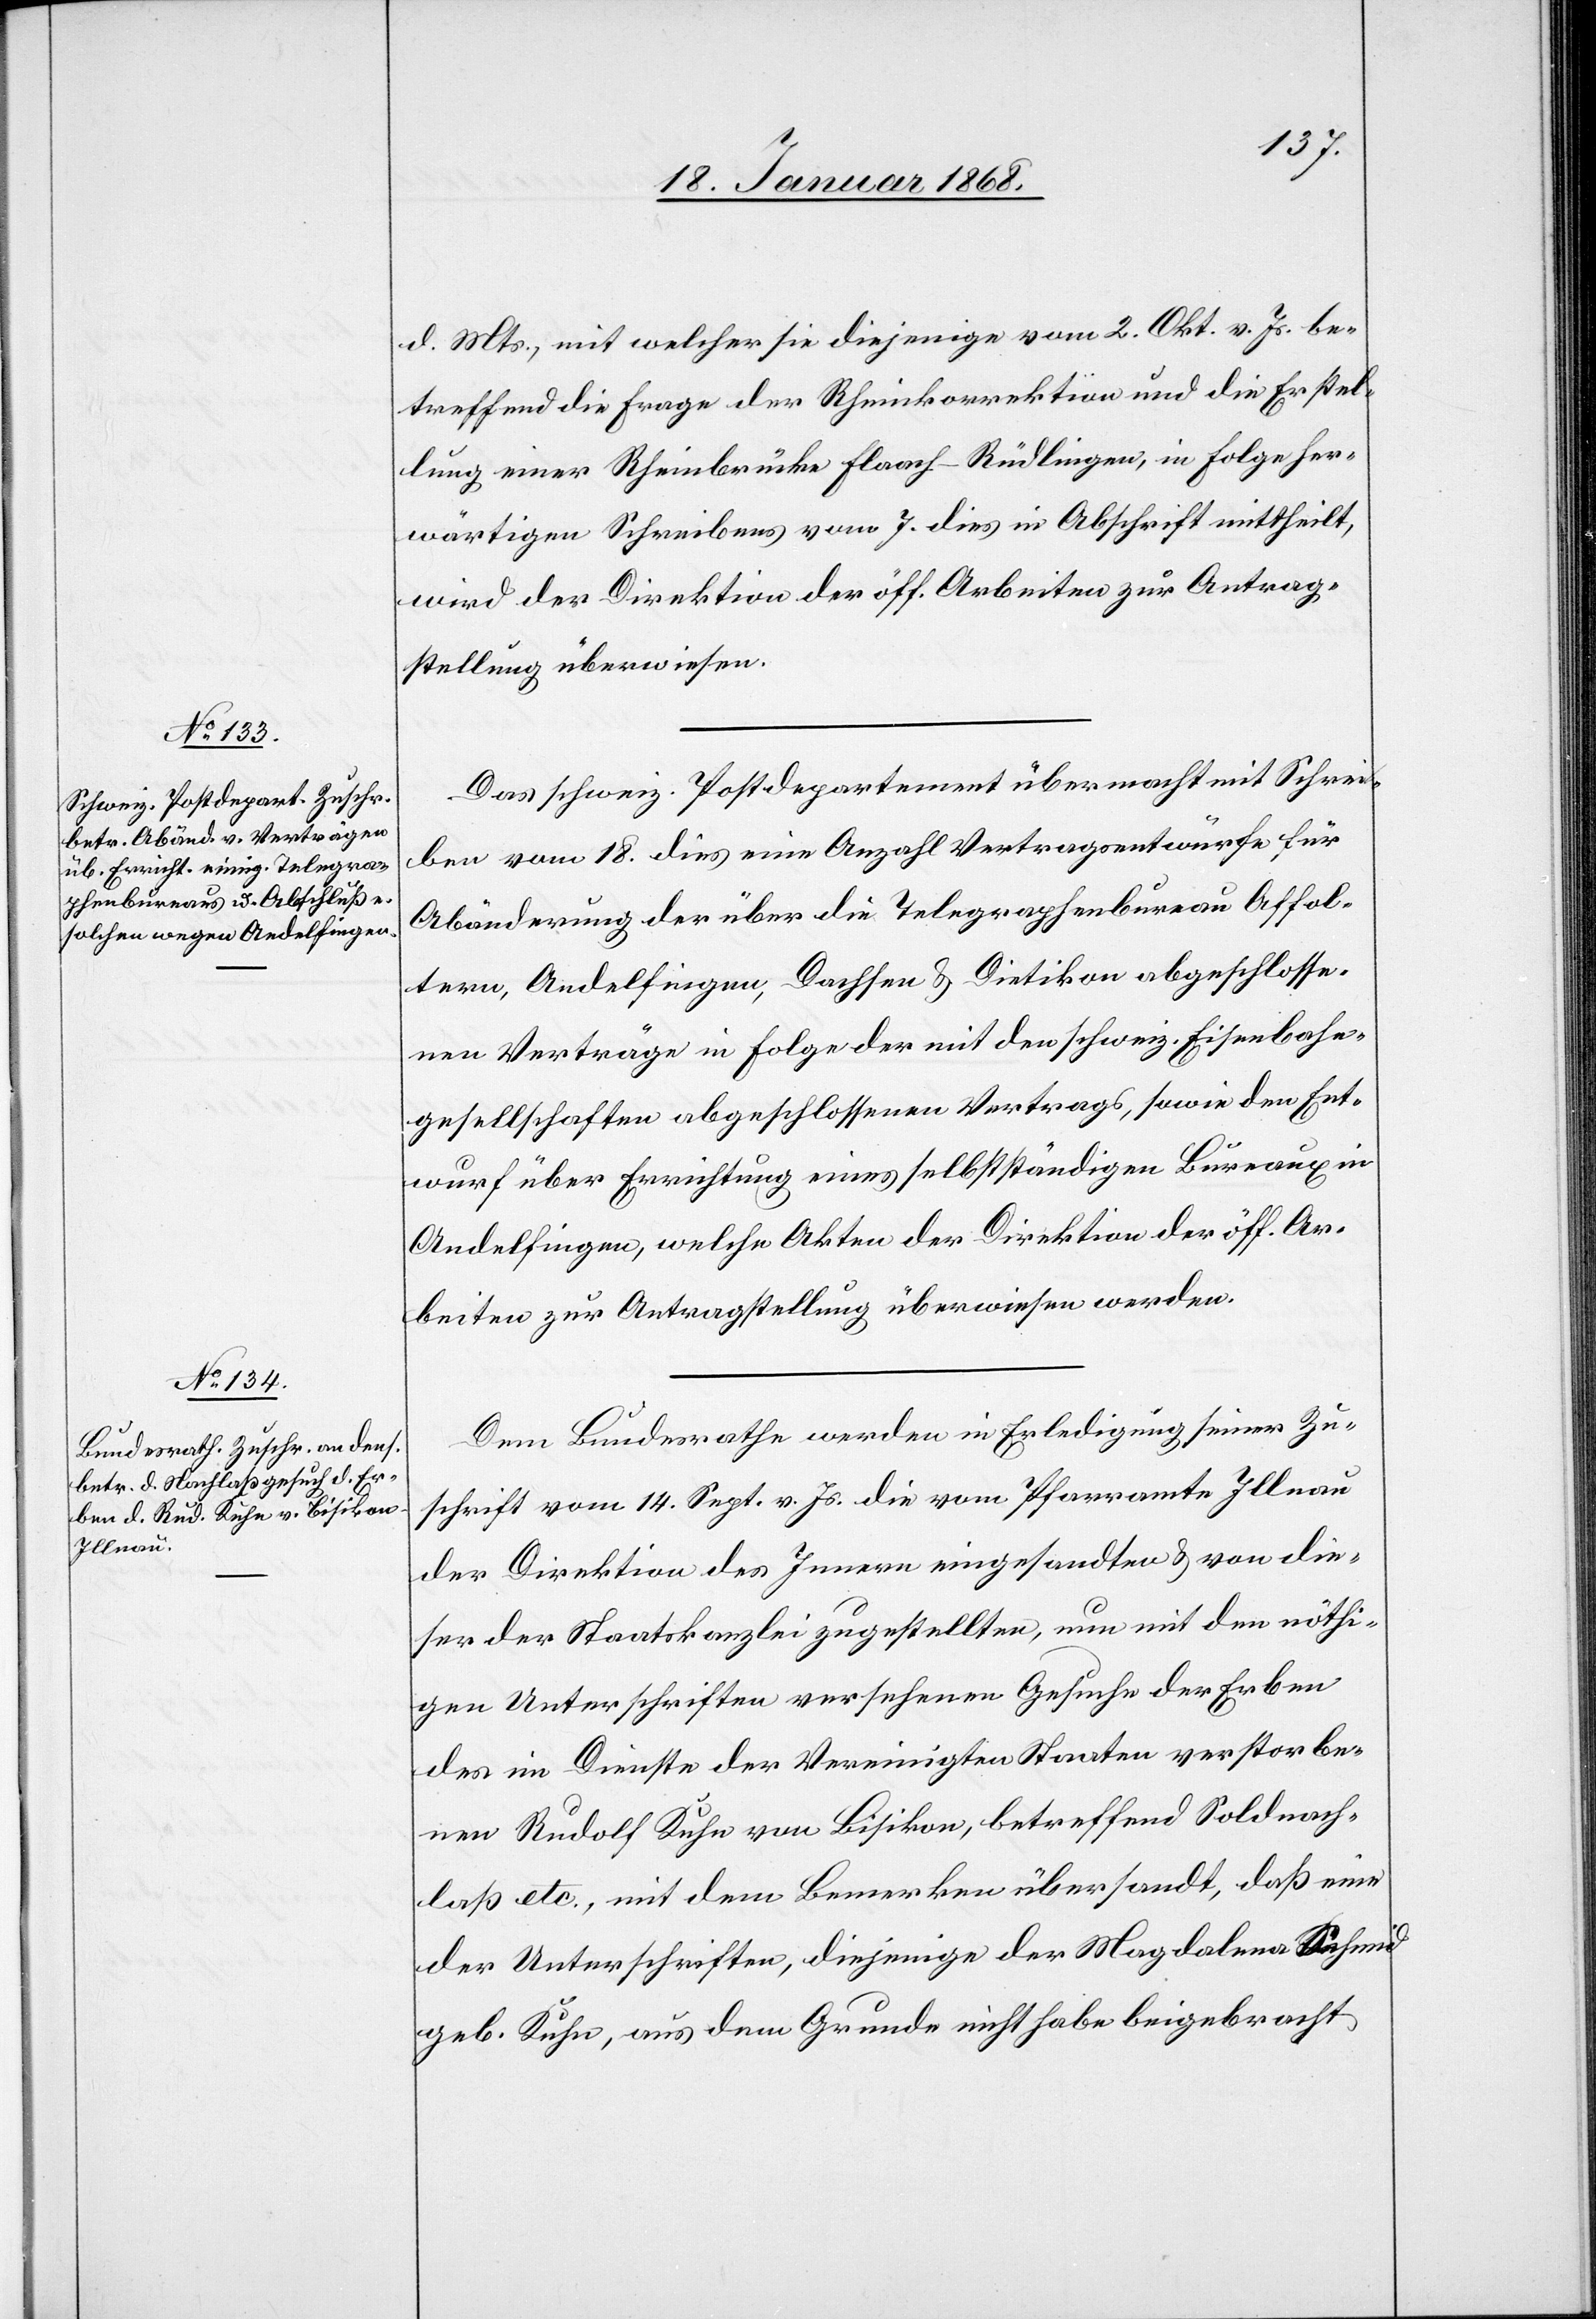
20. Januar 1868.]
d. Mts., mit welcher sie diejenige vom 2. Okt. v. Js. be¬
treffend die Frage der Rheinkorrektion und die Erstel¬
lung einer Rheinbrücke Flaach-Rüdlingen, in Folge her¬
wärtigen Schreibens vom 7. dies in Abschrift mittheilt,
wird der Direktion der öff. Arbeiten zur Antrag¬
stellung überwiesen.
Das schweiz. Postdepartement übermacht mit Schrei¬
ben vom 18. dies eine Anzahl Vertragsentwürfe für
Abänderung der über die Telegraphenbureau[s] Affol¬
tern, Andelfingen, Dachsen & Dietikon abgeschlosse¬
nen Verträge in Folge der [recte: des] mit den schweiz. Eisenbahn¬
gesellschaften abgeschlossenen Vertrags, sowie den Ent¬
wurf über Errichtung eines selbstständigen Büreaux in
Andelfingen, welche Akten der Direktion der öff. Ar¬
beiten zur Antragstellung überwiesen werden.
Dem Bundesrathe werden in Erledigung seiner Zu¬
schrift vom 14. Sept. v. Js. die vom Pfarramte Illnau
der Direktion des Innern eingesandten & von die¬
ser der Staatskanzlei zugestellten, nun mit den nöthi¬
gen Unterschriften versehenen Gesuche der Erben
des im Dienste der Vereinigten Staaten verstorbe¬
nen Rudolf Kuhn von Bisikon, betreffend Soldnach¬
laß etc., mit dem Bemerken übersandt, daß eine
der Unterschriften, diejenige der Magdalena Schmid
geb. Kuhn, aus dem Grunde nicht habe beigebracht